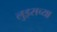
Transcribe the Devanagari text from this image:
लुइसच्या